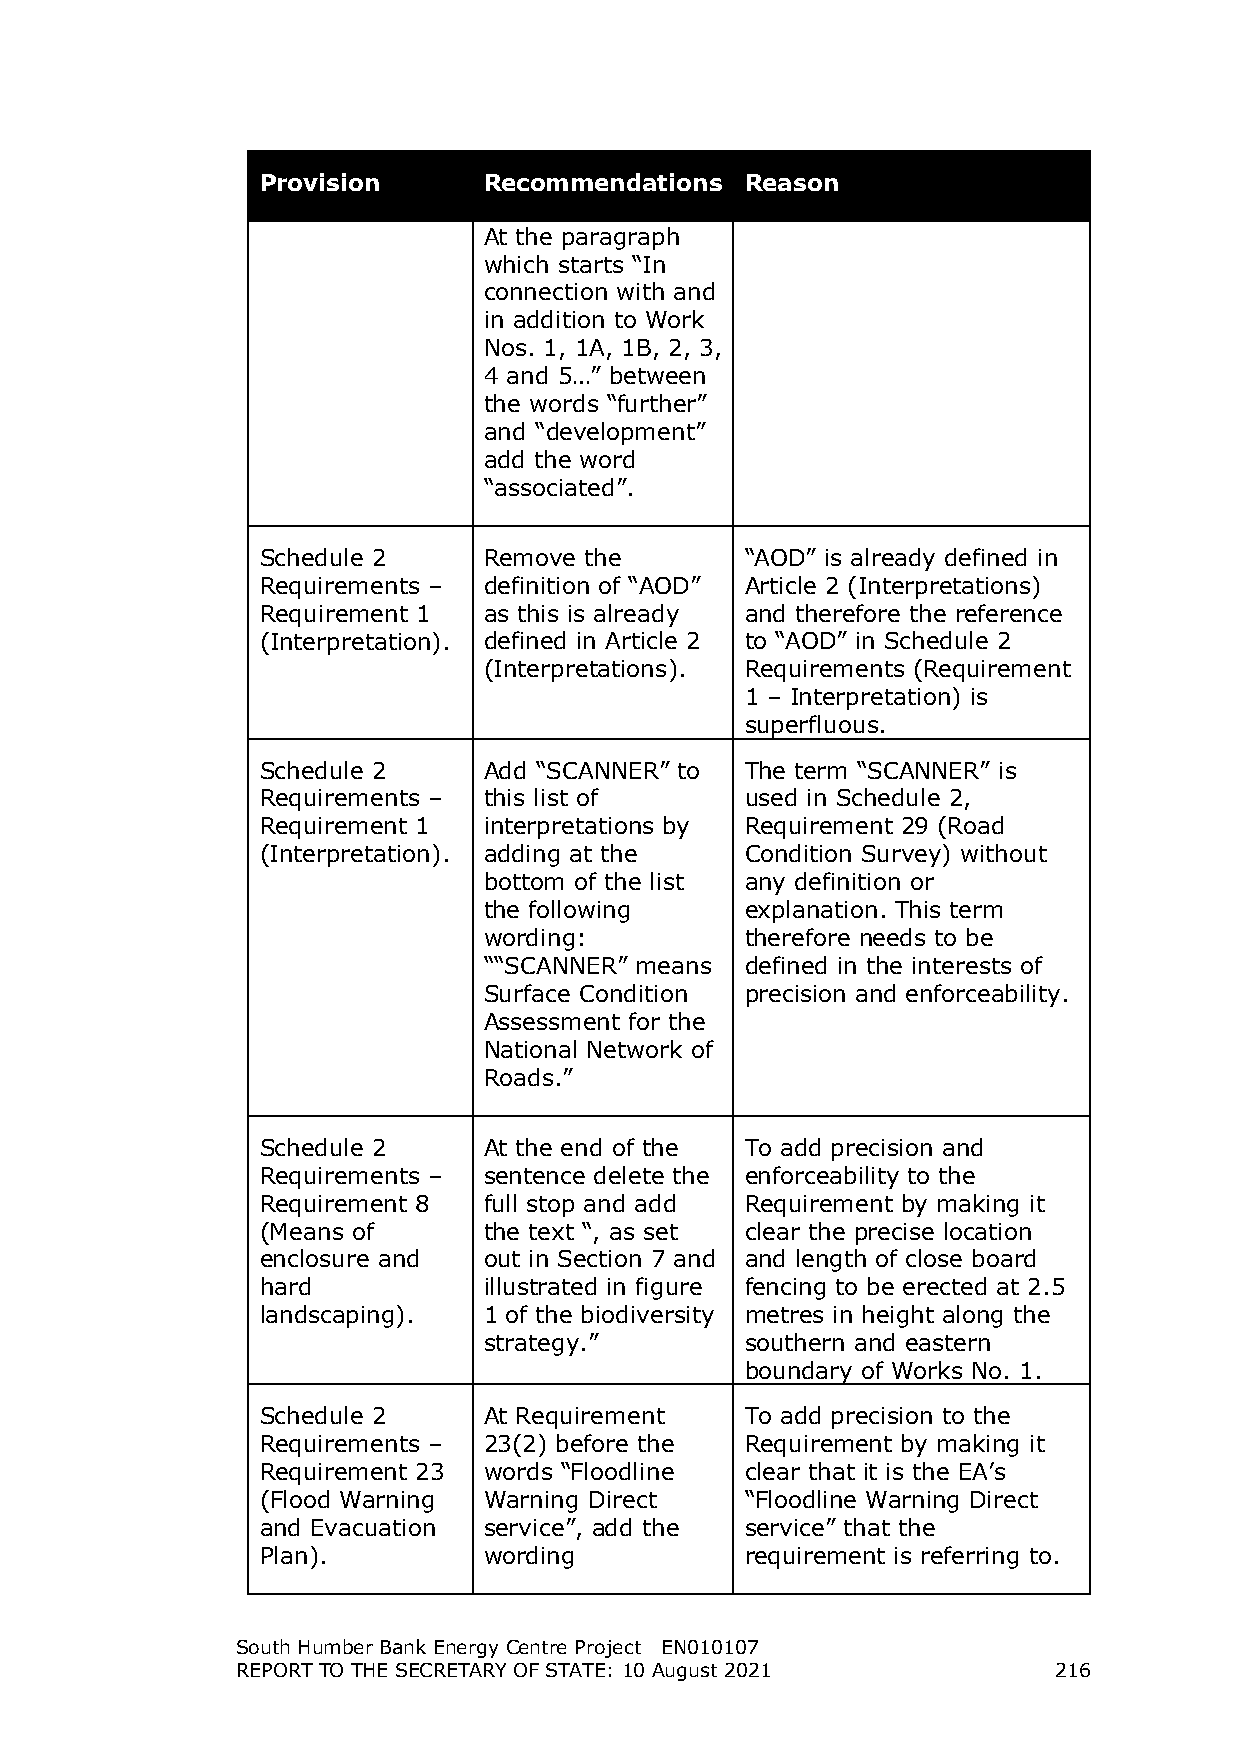
Provision      Recommendations  Reason
 At the paragraph
 which starts “In
 connection with and
 in addition to Work
 Nos. 1, 1A, 1B, 2, 3,
 4 and 5…” between
 the words “further”
 and “development”
 add the word
 “associated”.
 Schedule 2     Remove the       “AOD” is already defined in
 Requirements – definition of “AOD” Article 2 (Interpretations)
 Requirement 1  as this is already and therefore the reference
 (Interpretation). defined in Article 2 to “AOD” in Schedule 2
 (Interpretations). Requirements (Requirement
 1 – Interpretation) is
 superfluous.
 Schedule 2     Add “SCANNER” to The term “SCANNER” is
 Requirements – this list of     used in Schedule 2,
 Requirement 1  interpretations by Requirement 29 (Road
 (Interpretation). adding at the Condition Survey) without
 bottom of the list any definition or
 the following    explanation. This term
 wording:         therefore needs to be
 ““SCANNER” means defined in the interests of
 Surface Condition precision and enforceability.
 Assessment for the
 National Network of
 Roads.”
 Schedule 2     At the end of the To add precision and
 Requirements – sentence delete the enforceability to the
 Requirement 8  full stop and add Requirement by making it
 (Means of      the text “, as set clear the precise location
 enclosure and  out in Section 7 and and length of close board
 hard           illustrated in figure fencing to be erected at 2.5
 landscaping).  1 of the biodiversity metres in height along the
 strategy.”       southern and eastern
 boundary of Works No. 1.
 Schedule 2     At Requirement   To add precision to the
 Requirements – 23(2) before the Requirement by making it
 Requirement 23 words “Floodline clear that it is the EA’s
 (Flood Warning Warning Direct   “Floodline Warning Direct
 and Evacuation service”, add the service” that the
 Plan).         wording          requirement is referring to.
 South Humber Bank Energy Centre Project EN010107
 REPORT TO THE SECRETARY OF STATE: 10 August 2021      216